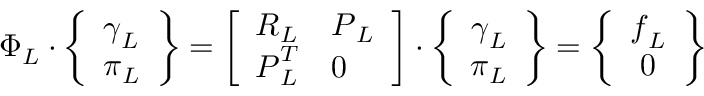
\boldsymbol { \Phi } _ { L } \cdot \left\{ \begin{array} { c } { \boldsymbol { \gamma } _ { L } } \\ { \boldsymbol { \pi } _ { L } } \end{array} \right\} = \left[ \begin{array} { l l } { \boldsymbol { R } _ { L } } & { \boldsymbol { P } _ { L } } \\ { \boldsymbol { P } _ { L } ^ { T } } & { \boldsymbol { 0 } } \end{array} \right] \cdot \left\{ \begin{array} { c } { \boldsymbol { \gamma } _ { L } } \\ { \boldsymbol { \pi } _ { L } } \end{array} \right\} = \left\{ \begin{array} { c } { \boldsymbol { f } _ { L } } \\ { \boldsymbol { 0 } } \end{array} \right\}